Calcutta medical institutions reports 1892-1900
Year: 1892
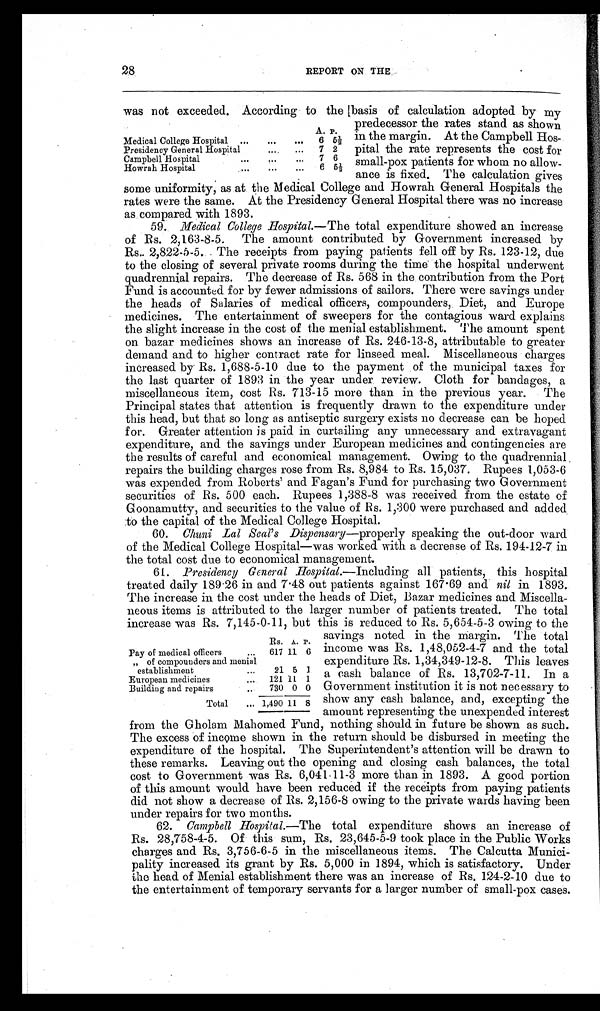
28
REPORT ON THE
was not exceeded. According to the basis of calculation adopted by my
predecessor the rates stand as shown
in the margin. At the Campbell Hos
-pital the rate represents the cost for
small-pox patients for whom no allow-
ance is fixed. The calculation gives
some uniformity, as at the Medical College and Howrah General Hospitals the
rates were the same. At the Presidency General Hospital there was no increase
as compared with 1893.
59. Medical College Hospital.—The total expenditure showed an increase
of Rs. 2,163-8-5. The amount contributed by Government increased by
Rs. 2,822-5-5. The receipts from paying patients fell off by Rs. 123-12, due
to the closing of several private rooms during the time the hospital underwent
quadrennial repairs. The decrease of Rs. 568 in the contribution from the Port
Fund is accounted for by fewer admissions of sailors. There were savings under
the heads of Salaries of medical officers, compounders, Diet, and Europe
medicines. The entertainment of sweepers for the contagious ward explains
the slight increase in the cost of the menial establishment. The amount spent
on bazar medicines shows an increase of Rs. 246-13-8, attributable to greater
demand and to higher contract rate for linseed meal. Miscellaneous charges
increased by Rs. 1,688-5-10 due to the payment of the municipal taxes for
the last quarter of 1893 in the year under review. Cloth for bandages, a
miscellaneous item, cost Rs. 713-15 more than in the previous year. The
Principal states that attention is frequently drawn to the expenditure under
this head, but that so long as antiseptic surgery exists no decrease can be hoped
for. Greater attention is paid in curtailing any unnecessary and extravagant
expenditure, and the savings under European medicines and contingencies are
the results of careful and economical management. Owing to the quadrennial
repairs the building charges rose from Rs. 8,984 to Rs. 15,037. Rupees 1,053-6
was expended from Roberts’ and Fagan’s Fund for purchasing two Government
securities of Rs. 500 each. Rupees 1,388-8 was received from the estate of
Goonamutty, and securities to the value of Rs. 1,300 were purchased and added
to the capital of the Medical College Hospital.
60.
Chuni Lal Seal’s Dispensary —properly speaking the out-door ward
of the Medical College Hospital—was worked with a decrease of Rs. 194-12-7 in
the total cost due to economical management.
61. Presidency General Hospital .—Including all patients, this hospital
treated daily 189.26 in and 7.48 out patients against 167.69 and nil in 1893.
The increase in the cost under the heads of Diet, Bazar medicines and Miscella-
neous items is attributed to the larger number of patients treated. The total
increase was Rs. 7,145-0-11, but this is reduced to Rs. 5,654-5-3 owing to the
savings noted in the margin. The total
income was Rs. 1,48,052-4-7 and the total
expenditure Rs. 1,34,349-12-8. This leaves
a cash balance of Rs. 13,702-7-11. In a
Government institution it is not necessary to
show any cash balance, and, excepting the
amount representing the unexpended interest
from the Gholam Mahomed Fund, nothing should in future be shown as such.
The excess of income shown in the return should be disbursed in meeting the
expenditure of the hospital. The Superintendent’s attention will be drawn to
these remarks. Leaving out the opening and closing cash balances, the total
cost to Government was Rs. 6,041-11-3 more than in 1893. A good portion
of this amount would have been reduced if the receipts from paying patients
did not show a decrease of Rs. 2,156-8 owing to the private wards having been
under repairs for two months.
62. Campbell Hospital.—The total expenditure shows an increase of
Rs. 28,758-4-5. Of this sum, Rs. 23,645-5-9 took place in the Public Works
charges and Rs. 3,756-6-5 in the miscellaneous items. The Calcutta Munici-
pality increased its grant by Rs. 5,000 in 1894, which is satisfactory. Under
the head of Menial establishment there was an increase of Rs. 124-2-10 due to
the entertainment of temporary servants for a larger number of small-pox cases.
A. P.
Medical College Hospital
...
...
...
6 5½
Presidency General Hospital
... ...
7 2
Campbell Hospital
...
...
...
7 6
Howrah Hospital
...
...
...
6 5½
RS. A. P.
Pay of medical officers
...
617 11 6
”
of compounders and menial
establishment
...
21
5 1
European medicines
...
121 11 1
Building and repairs
730 0 0
Total
... 1,490 11 8